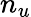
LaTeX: n_{u}